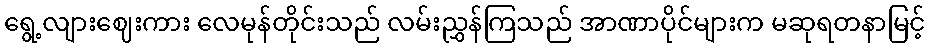
ရွေ့လျားဈေးကား လေမုန်တိုင်းသည် လမ်းညွှန်ကြသည် အာဏာပိုင်များက မဆုရတနာမြင့်